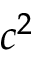
c ^ { 2 }